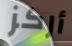
أركز